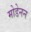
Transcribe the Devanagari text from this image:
मोडेनन